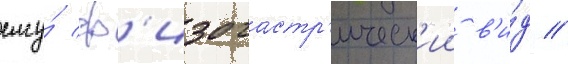
ему́ ф'изогастр'ическ'ии в'и́д //